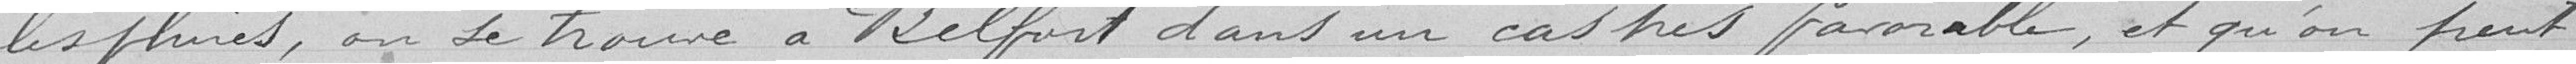
les pluies, on se trouve a Belfort dans un cas très favorable, et qu'on peut